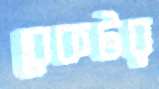
রেকটর